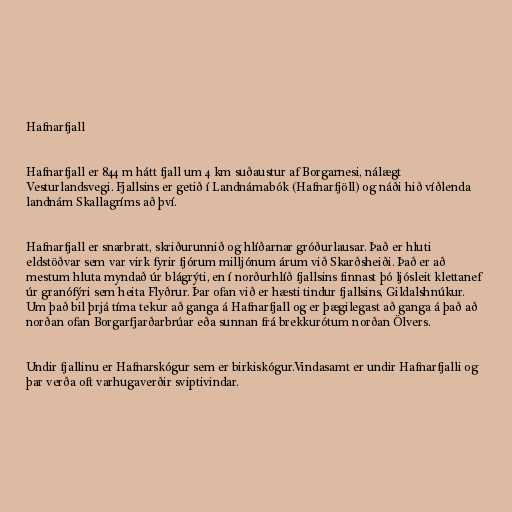
Hafnarfjall

Hafnarfjall er 844 m hátt fjall um 4 km suðaustur af Borgarnesi, nálægt
Vesturlandsvegi. Fjallsins er getið í Landnámabók (Hafnarfjöll) og náði hið víðlenda
landnám Skallagríms að því.

Hafnarfjall er snarbratt, skriðurunnið og hlíðarnar gróðurlausar. Það er hluti
eldstöðvar sem var virk fyrir fjórum milljónum árum við Skarðsheiði. Það er að
mestum hluta myndað úr blágrýti, en í norðurhlíð fjallsins finnast þó ljósleit klettanef
úr granófýri sem heita Flyðrur. Þar ofan við er hæsti tindur fjallsins, Gildalshnúkur.
Um það bil þrjá tíma tekur að ganga á Hafnarfjall og er þægilegast að ganga á það að
norðan ofan Borgarfjarðarbrúar eða sunnan frá brekkurótum norðan Ölvers.

Undir fjallinu er Hafnarskógur sem er birkiskógur.Vindasamt er undir Hafnarfjalli og
þar verða oft varhugaverðir sviptivindar.